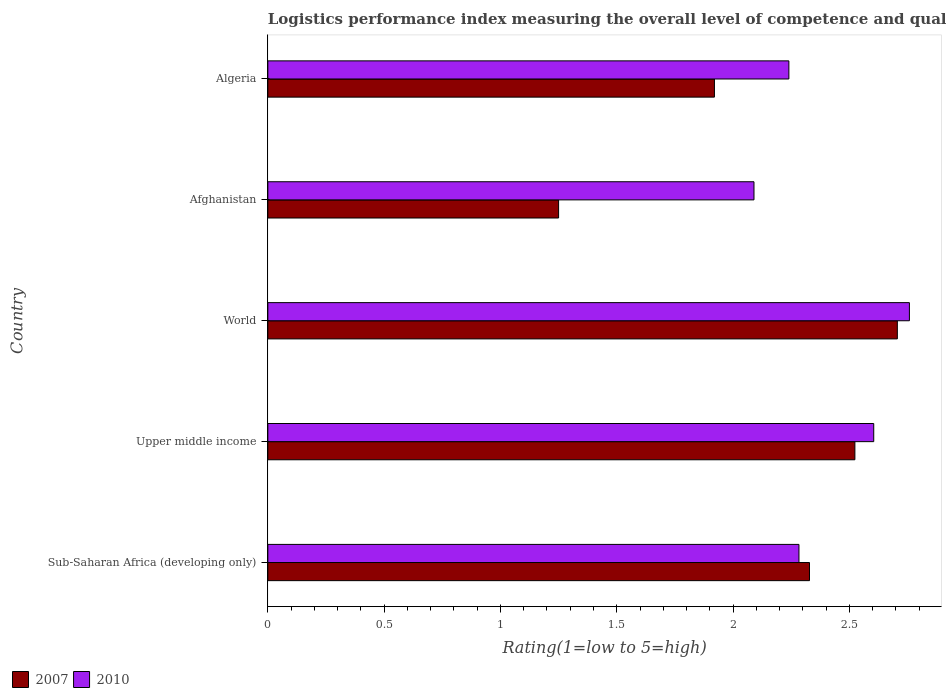
| Country | 2007 | 2010 |
 | --- | --- | --- |
 | Sub-Saharan Africa (developing only) | 2.33 | 2.28 |
 | Upper middle income | 2.52 | 2.6 |
 | World | 2.71 | 2.76 |
 | Afghanistan | 1.25 | 2.09 |
 | Algeria | 1.92 | 2.24 |